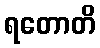
ရတောတိ